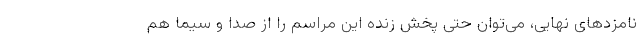
نامزدهای نهایی، می‌توان حتی پخش زنده این مراسم را از صدا و سیما هم